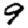
Digit: 9